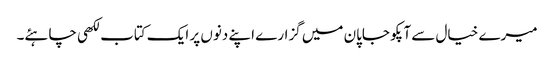
میرے خیال سے آپکو جاپان میں گزارے اپنے دنوں پر ایک کتاب لکھی چاہئے۔